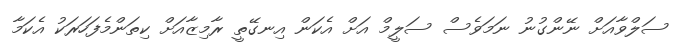
ސަލްވާއަށް ނޭންގުނު ނަމަވެސް ސަލީމް އަށް އެކަން އިނގޭތީ ރާމިޒާއަށް ކިތަންމެފަހަރަކު އެކަމާ